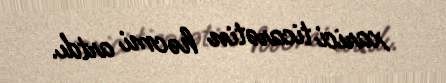
xarici ticarətin həcmi artdı.